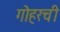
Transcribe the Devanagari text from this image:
गोहरची